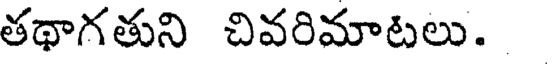
తథాగతుని చివరిమాటలు.